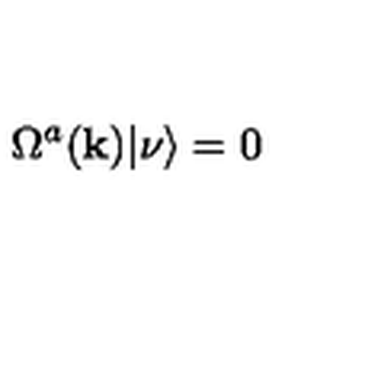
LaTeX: \Omega ^ { a } ( { \bf { k } } ) | \nu \rangle = 0